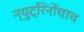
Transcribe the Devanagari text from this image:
न्युट्रिनोंचाच